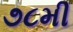
૭૮મી